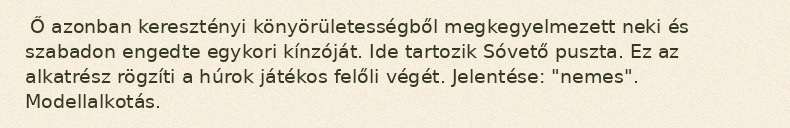
Ő azonban keresztényi könyörületességből megkegyelmezett neki és szabadon engedte egykori kínzóját. Ide tartozik Sóvető puszta. Ez az alkatrész rögzíti a húrok játékos felőli végét. Jelentése: "nemes". Modellalkotás.